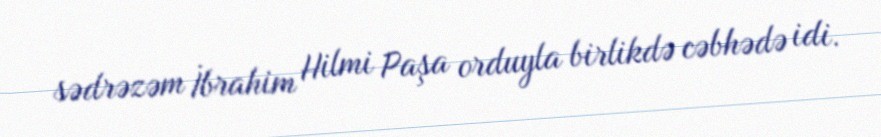
sədrəzəm İbrahim Hilmi Paşa orduyla birlikdə cəbhədə idi.